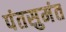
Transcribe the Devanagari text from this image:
पंतसुमंत